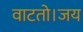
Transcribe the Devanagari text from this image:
वाटतो।जय